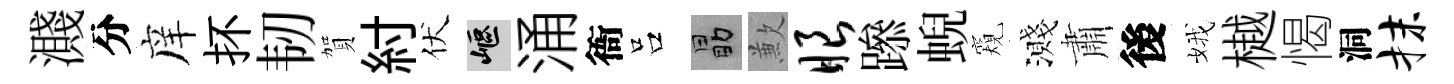
濺分庠抔韧賀紂伏嶇涌衙吕勗歉眼𨅶蜺窺濺肅後娥樾愒洞抹